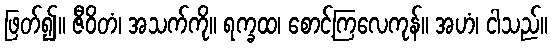
ဖြတ်၍။ ဇီဝိတံ၊ အသက်ကို။ ရက္ခထ၊ စောင့်ကြလေကုန်။ အဟံ၊ ငါသည်။